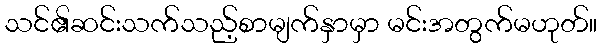
သင်၏ဆင်းသက်သည့်စာမျက်နှာမှာ မင်းအတွက်မဟုတ်။